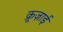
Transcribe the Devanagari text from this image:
क्रूज़ाई